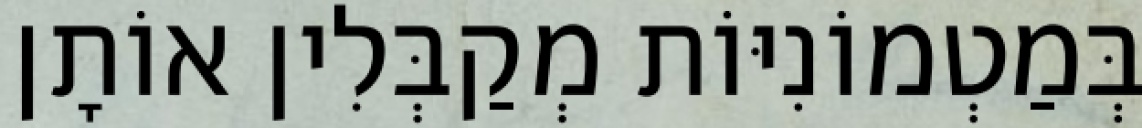
בְּמַטְמוֹנִיּוֹת מְקַבְּלִין אוֹתָן